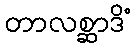
တာလစ္ဆာဒိံ